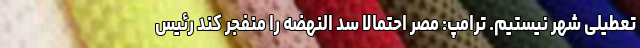
تعطیلی شهر نیستیم. ترامپ: مصر احتمالا سد النهضه را منفجر کند رئیس